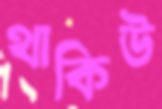
থাকিউ